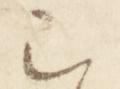
云